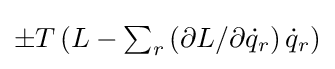
{\textstyle \pm T\left(L-\sum _{r}\left(\partial L/\partial {\dot {q}}_{r}\right){\dot {q}}_{r}\right)}